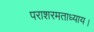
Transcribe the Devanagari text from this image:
पराशरमताध्याय।